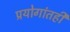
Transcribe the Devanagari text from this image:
प्रयोगांतही